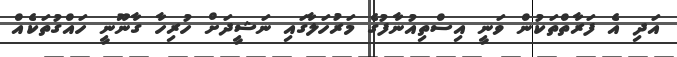
އަދި އެ ފަރާތްތަކުން ވަނީ އިސްތިއުނާފުގެ މަރުހަލާގައި ނަޝީދަށް ހުރިހާ ގާނޫނީ ހައްގުތަކެއް